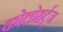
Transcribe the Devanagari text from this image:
कोलोहर्ट्ज